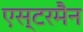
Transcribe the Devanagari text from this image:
एस्टरमैन